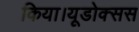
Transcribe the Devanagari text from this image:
किया।यूडोक्‍सस